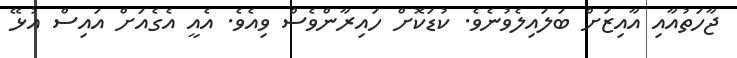
ޖާހަތުއާއި އާއިޒަށް ބަލައިލެވުނެވެ. ކުޑަކޮށް ހައިރާންވެސް ވިއެވެ. އެއީ އެގެއަށް އައިސް އުޅޭ